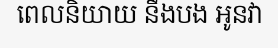
ពេលនិយាយ នឹងបង អូនវា